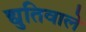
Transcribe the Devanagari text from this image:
द्युतिवाले